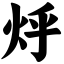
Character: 烀